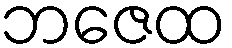
ဘဇေထ